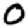
Digit: 0